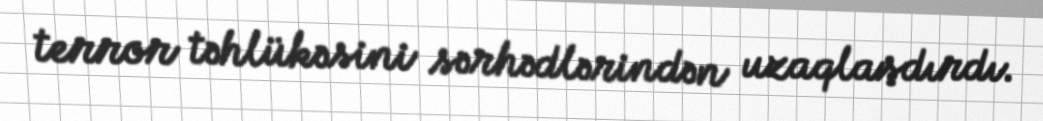
terror təhlükəsini sərhədlərindən uzaqlaşdırdı.